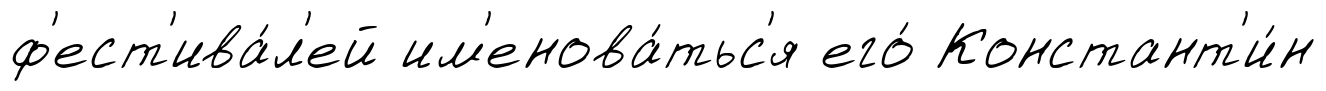
ф'ест'ива́л'ей им'енова́тьс'я его́ Констант'и́н